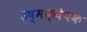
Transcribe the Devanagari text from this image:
उष्मक्षेपक